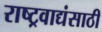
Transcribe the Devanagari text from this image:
राष्ट्रवाद्यंसाठी